Language: tamil
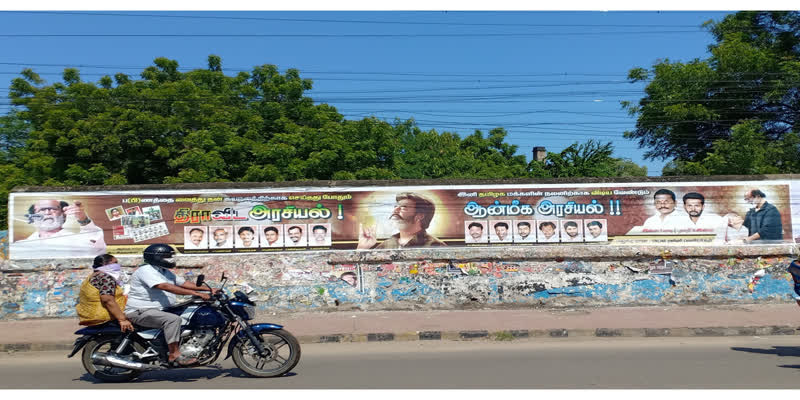
Transcription: அரசியல் திராவிட ஆன்ம்க அரசியல்